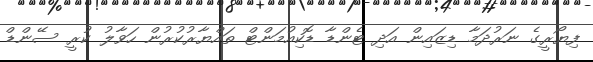
ފިޔޯރީގެ ނަރުދަމާ ޑިޒައިން އަދި ޓެންޑާ ޑޮކިއުމަންޓް ތައްޔާރުކުރުން ހަވާލު ކުރީ ސޭންޑް